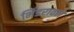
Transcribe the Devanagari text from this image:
भिंडरावले